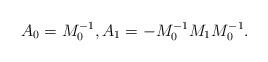
LaTeX: \begin{align*}A_0&=M_0^{-1},A_1=-M_0^{-1}M_1M_0^{-1}.\end{align*}